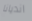
انديانا